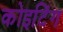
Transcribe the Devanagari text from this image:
कोइटिंग